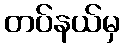
တပ်နယ်မှ